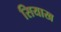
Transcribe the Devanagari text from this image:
सियाख